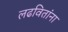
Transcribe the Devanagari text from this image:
लढवितांना